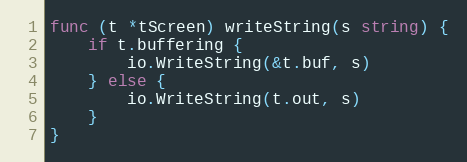
Language: Go
func (t *tScreen) writeString(s string) {
	if t.buffering {
		io.WriteString(&t.buf, s)
	} else {
		io.WriteString(t.out, s)
	}
}